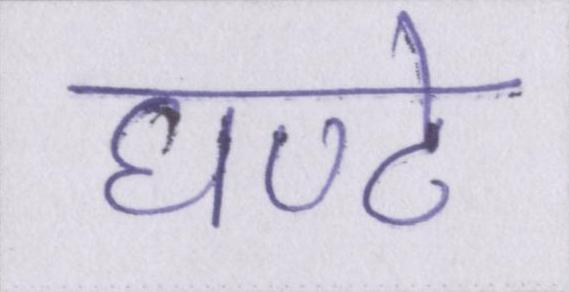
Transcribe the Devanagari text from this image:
घण्टे